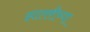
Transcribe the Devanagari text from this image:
झालरीच्या